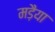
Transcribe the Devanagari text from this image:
मड़ैया